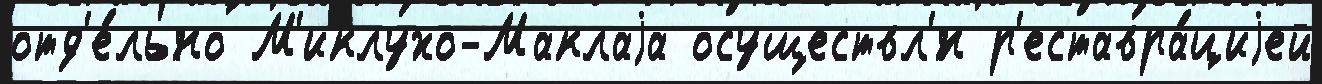
отд'е́льно М'иклухо-Маклаjа осуществл'́н р'еставра́циjей